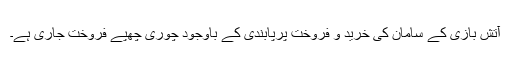
آتش بازی کے سامان کی خرید و فروخت پرپابندی کے باوجود چوری چھپے فروخت جاری ہے۔